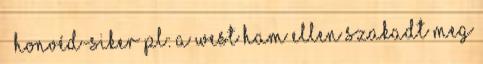
– Honvéd-siker PL: a West Ham ellen szakadt meg